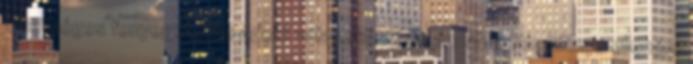
lehetséges fenyegetésre adott válaszként, de annak teljes hiánya ellenére